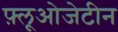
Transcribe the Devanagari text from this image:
फ़्लूओजेटीन